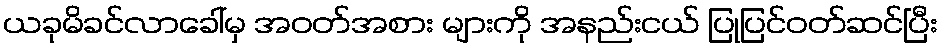
ယခုမိခင်လာခေါ်မှ အဝတ်အစား များကို အနည်းငယ် ပြုပြင်ဝတ်ဆင်ပြီး